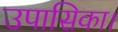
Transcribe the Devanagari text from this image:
उपासिका।